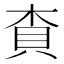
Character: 𧴿